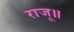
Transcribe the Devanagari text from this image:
राजू॥